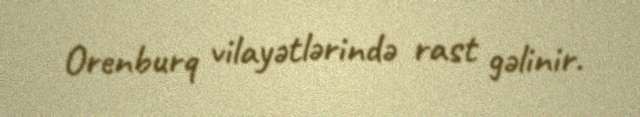
Orenburq vilayətlərində rast gəlinir.